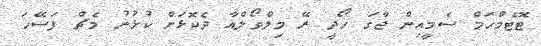
ޓޮޓެމްހަމް ސެމީއިން ޖާގަ ހޯދީ ރޭ މިލްވޯލްއާ ދެކޮޅަށް ކުޅުނު މެޗް ފަސޭހަ